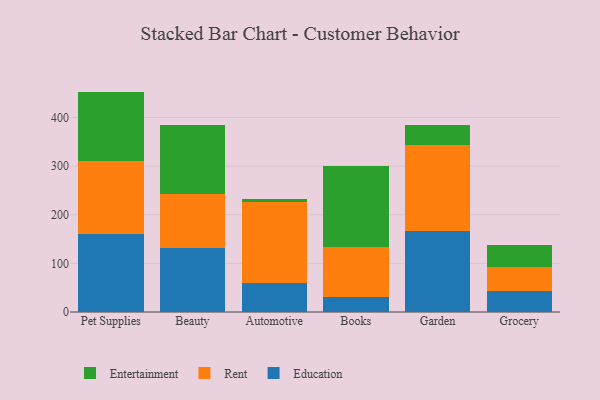
{"axis": {"x": "Category", "y": "Tickets Resolved"}, "legend": ["Education", "Entertainment", "Rent"], "data": [{"x": "Pet Supplies", "y": 160.7, "type": "Education"}, {"x": "Pet Supplies", "y": 150.1, "type": "Rent"}, {"x": "Pet Supplies", "y": 142.4, "type": "Entertainment"}, {"x": "Beauty", "y": 132.6, "type": "Education"}, {"x": "Beauty", "y": 110.3, "type": "Rent"}, {"x": "Beauty", "y": 142.1, "type": "Entertainment"}, {"x": "Automotive", "y": 60.1, "type": "Education"}, {"x": "Automotive", "y": 165.9, "type": "Rent"}, {"x": "Automotive", "y": 5.4, "type": "Entertainment"}, {"x": "Books", "y": 30.4, "type": "Education"}, {"x": "Books", "y": 103.9, "type": "Rent"}, {"x": "Books", "y": 165.7, "type": "Entertainment"}, {"x": "Garden", "y": 166.9, "type": "Education"}, {"x": "Garden", "y": 176.5, "type": "Rent"}, {"x": "Garden", "y": 40.8, "type": "Entertainment"}, {"x": "Grocery", "y": 42.2, "type": "Education"}, {"x": "Grocery", "y": 51.3, "type": "Rent"}, {"x": "Grocery", "y": 44.9, "type": "Entertainment"}]}